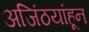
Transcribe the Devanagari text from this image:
अजिंठयांहून